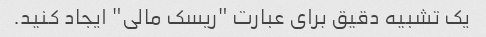
یک تشبیه دقیق برای عبارت "ریسک مالی" ایجاد کنید.